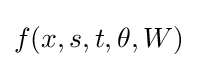
f(x,s,t,\theta ,W)